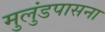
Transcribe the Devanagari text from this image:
मुलुंडपासना